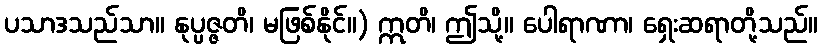
ပသာဒသည်သာ။ နုပ္ပဇ္ဇတိ၊ မဖြစ်နိုင်။) ဣတိ၊ ဤသို့။ ပေါရာဏာ၊ ရှေးဆရာတို့သည်။